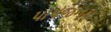
પાપજનક